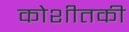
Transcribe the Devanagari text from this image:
कोशीतकी